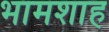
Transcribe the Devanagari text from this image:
भामशाह